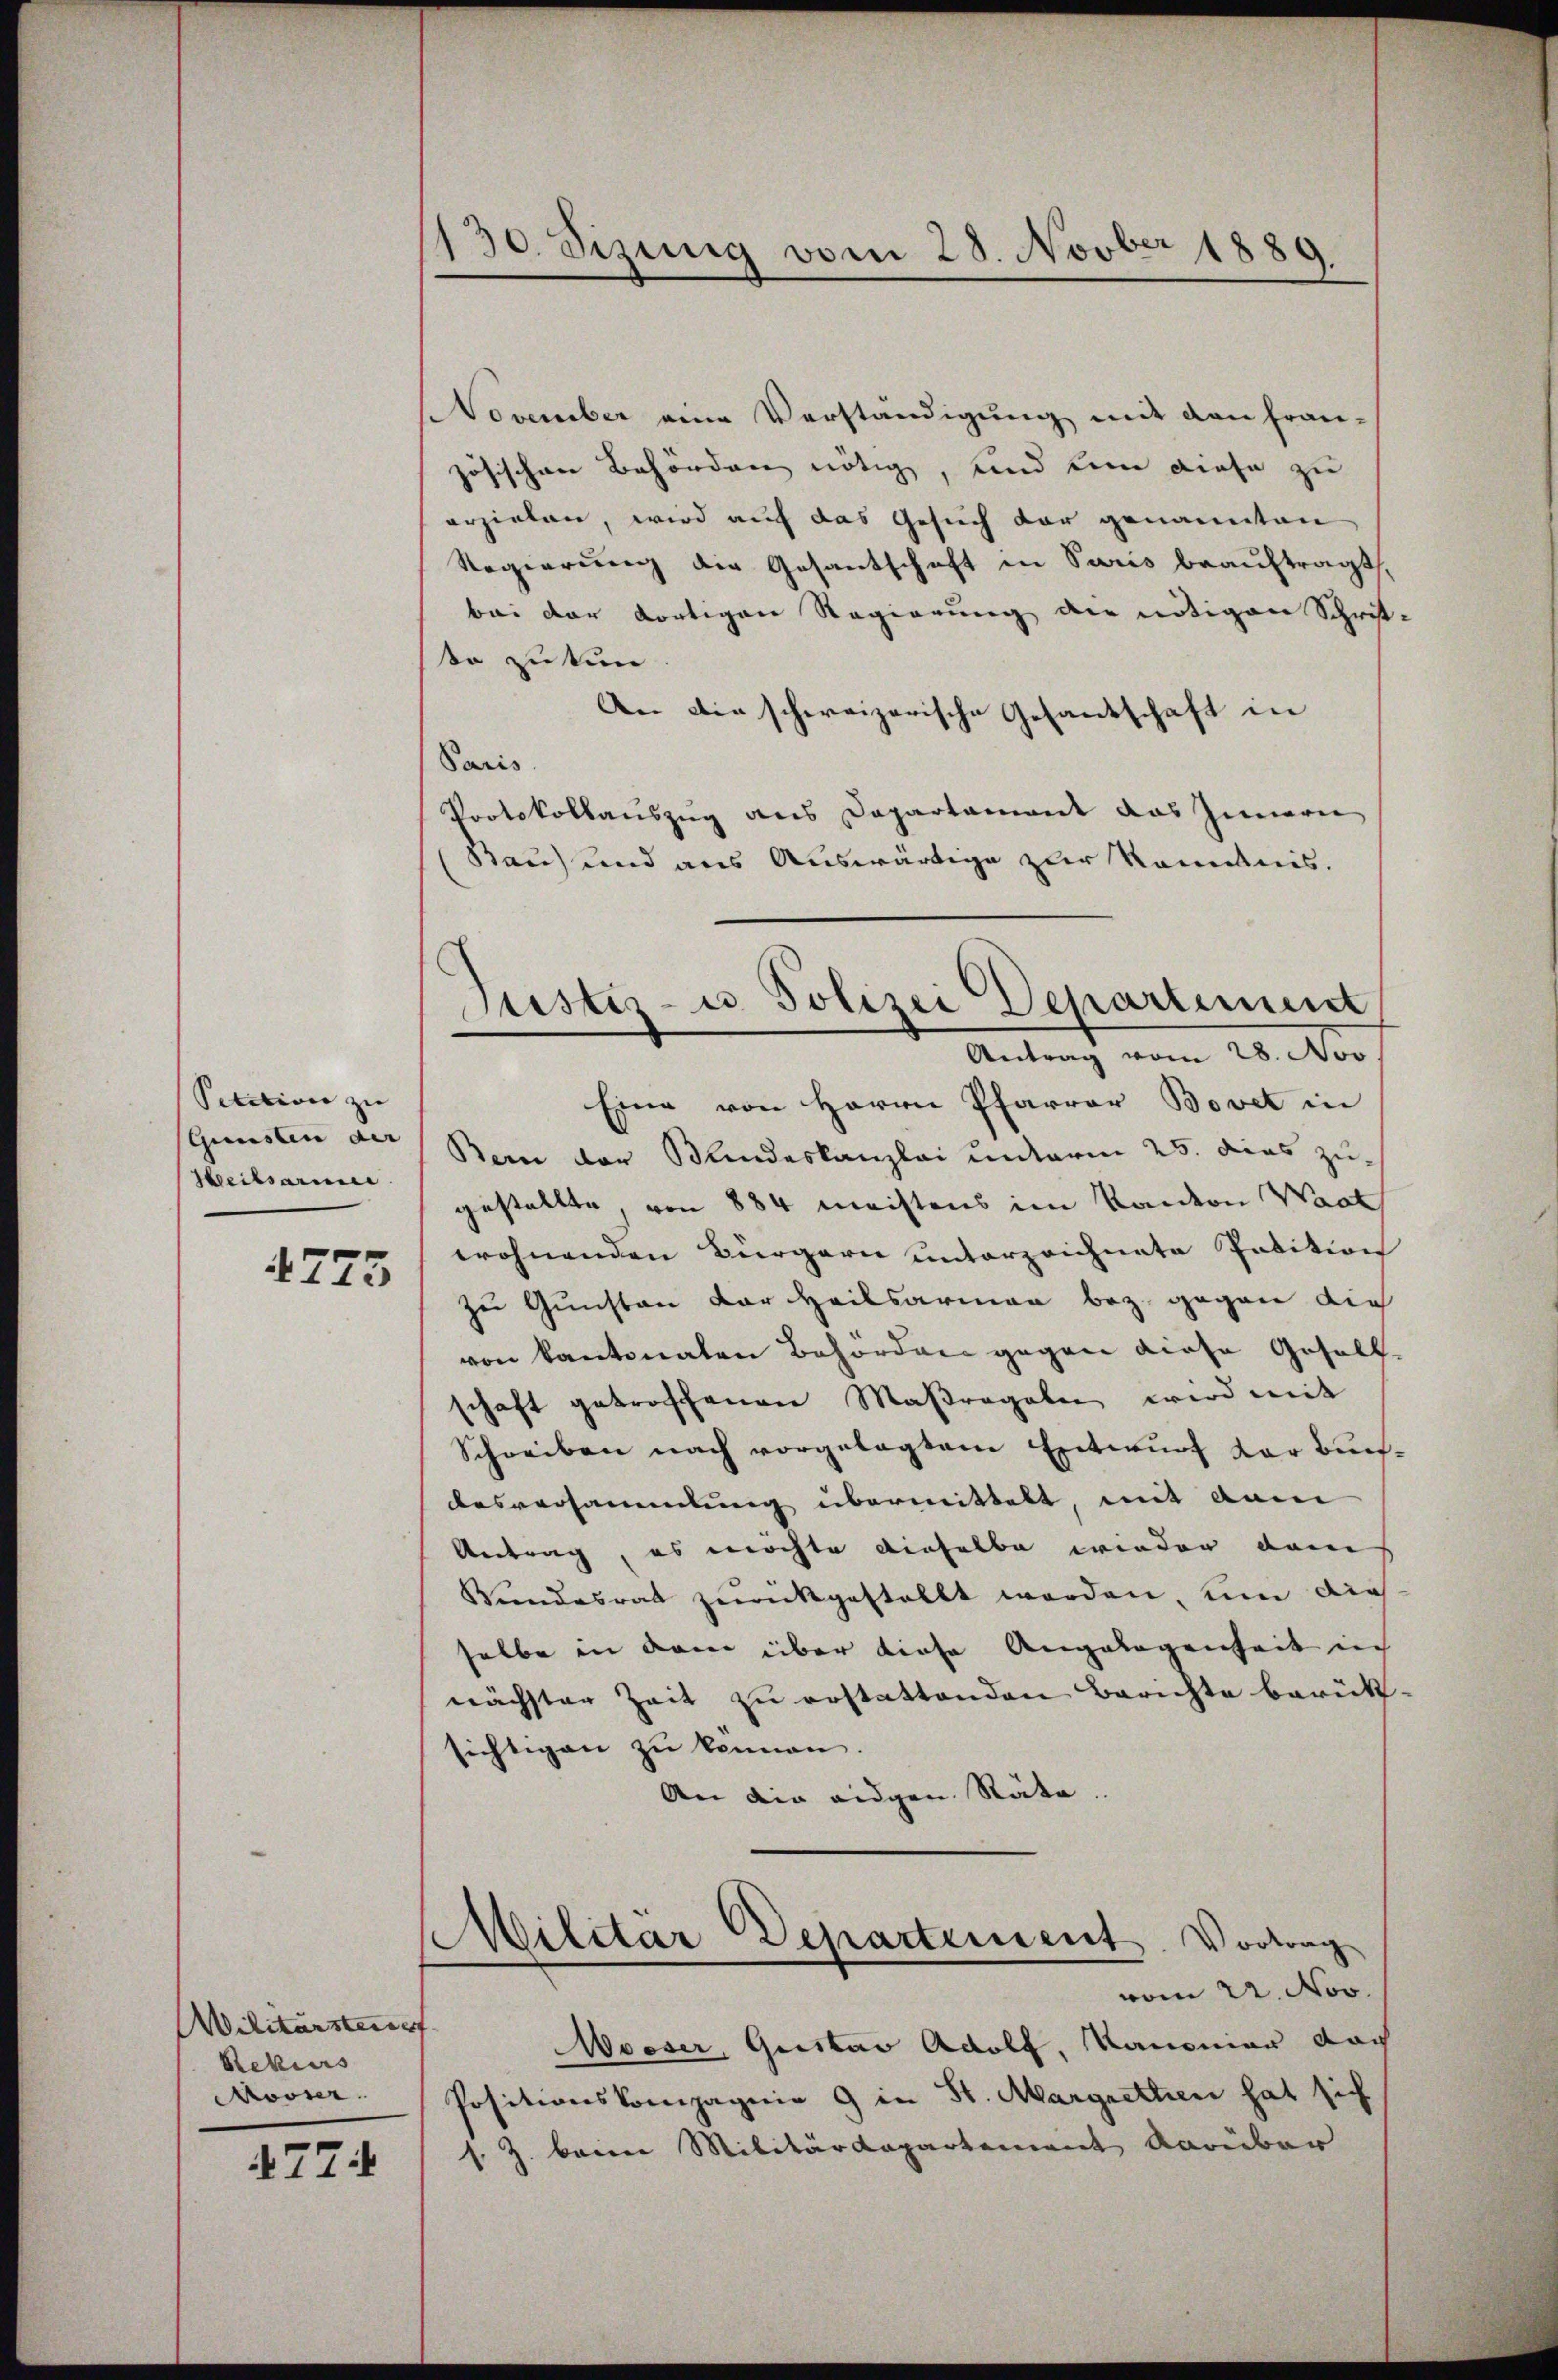
Petition zu
Gunsten der
Heilsarmee
4773

Wilitärster
Rekurs
Mooser.

4774

130. Sizung vom 28. Novber 1889

November eine Verständigung mit den fran-
zösischen Behörden nötig, und kein diese zu
erzielen, wird auf das Gesuch dar genannten
Regierung die Gesantschaft in Paris beauftragt,
bei der dortigen Regierung die nötigen Schrit
so zu tun
An die schweizerische Gesandschaft in
Paris.
Protokollauszug aus Departament das Innern
Bau) und aus Auswärtige zur Kenntnis.
Bern der Kindeskanzlei unterm 25. dies zu-
gestellte von 884 meistens im Kanton Wart
wohnenden Bürgern unterzeichnete Petition
zu Gunsten der Heilsarmen bez. gegen die
von Kantonalen Behörden gegen diese Gesellschaft getroffenen Maßregeln wird mit
Schreiben nach vorgelegtem Entwurf der Buchdesversammlung übermittelt, mit dem
Antrag, es möchte dieselbe wieder dem
Wundesrat zurückgestellt werden um die
selbe in dem über diese Angelegenheit in
nächster Zeit zu erstattenden Berichte berück
sichtigen zu kennen.
An die eidgen. Räte.
Militär Departement. Vortrag
vom 22. Nov.
Moeser, Quistav Adolf, Kanonier doch
Positionskompagnie 9 in St. Margrethen hat sich
s. Z. berner Militärdepartement darüber

Justiz- u. Polizei Departement
Antrag vom 28. Nov
Eine von Herrn Pfarrer Bovet in